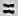
=